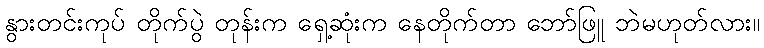
နွားတင်းကုပ် တိုက်ပွဲ တုန်းက ရှေ့ဆုံးက နေတိုက်တာ ဘော်ဖြူ ဘဲမဟုတ်လား။